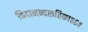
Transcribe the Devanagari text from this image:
चिदानन्दलतिका॥६॥